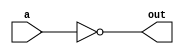
`timescale 1ns / 1ps
//////////////////////////////////////////////////////////////////////////////////
// Company: 
// Engineer: 
// 
// Design Name: 
// Module Name:    NOT_1x1 
// Project Name: 
// Target Devices: 
// Tool versions: 
// Description: 
//
// Dependencies: 
//
// Revision: 
// Revision 0.01 - File Created
// Additional Comments: 
//
//////////////////////////////////////////////////////////////////////////////////
module NOT_1x1(a,out);
input a;
output out;

assign out = ~a;
endmodule